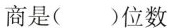
商是()位数